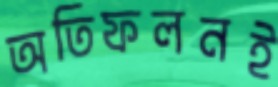
অতিফলনই